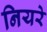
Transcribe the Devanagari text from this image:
नियरे